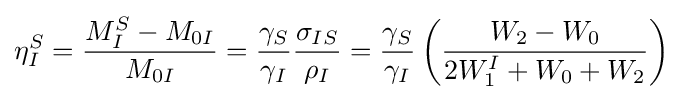
\eta _{I}^{S}={\frac {M_{I}^{S}-M_{0I}}{M_{0I}}}={\frac {\gamma _{S}}{\gamma _{I}}}{\frac {\sigma _{IS}}{\rho _{I}}}={\frac {\gamma _{S}}{\gamma _{I}}}\left({\frac {W_{2}-W_{0}}{2W_{1}^{I}+W_{0}+W_{2}}}\right)